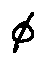
\phi